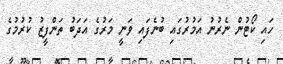
ހައި ކޯޓުން ނެރުނު އަމުރުގައި ބުނެފައި ވަނީ މަރުގެ އަދަބު ތަންފީޒު ކުރުމުގެ